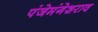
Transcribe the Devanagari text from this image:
पंजेमंगेशराव